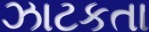
ઝાટકતા